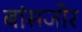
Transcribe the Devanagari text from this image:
बांसजोर